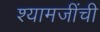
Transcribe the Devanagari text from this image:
श्यामजींची